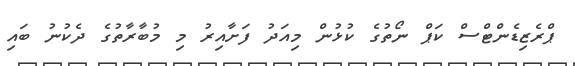
ޕްރެޒިޑެންޓްސް ކަޕް ނޯތުގެ ކުޅުން މިއަދު ފަށާއިރު މި މުބާރާތުގެ ދެކުނު ބައި